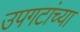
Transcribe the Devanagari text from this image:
उपगटांच्या